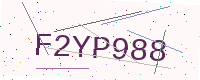
Text: F2YP988